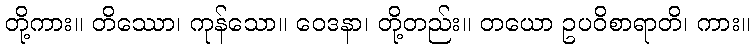
တို့ကား။ တိဿော၊ ကုန်သော။ ဝေဒနာ၊ တို့တည်း။ တယော ဥပဝိစာရာတိ၊ ကား။